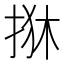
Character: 𢬺